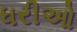
ધરીઓ